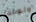
ولماذا